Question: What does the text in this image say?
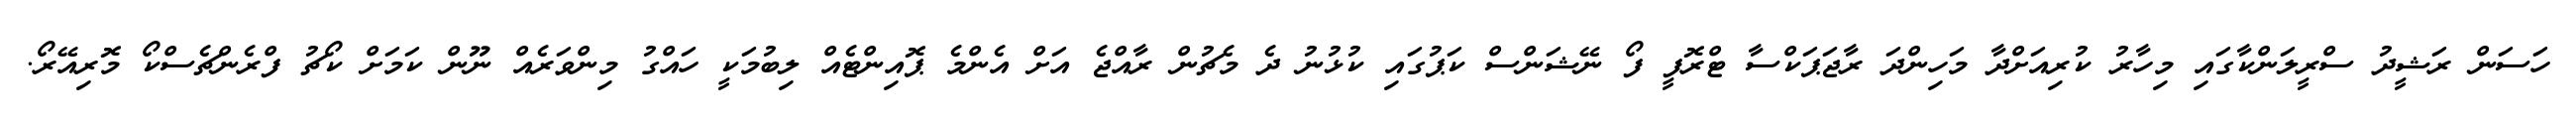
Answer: ހަސަން ރަޝީދު ސްރީލަންކާގައި މިހާރު ކުރިއަށްދާ މަހިންދަ ރާޖަޕަކްސާ ޓްރޮފީ ފޯ ނޭޝަންސް ކަޕުގައި ކުޅުނު ދެ މެޗުން ރާއްޖެ އަށް އެންމެ ޕޮއިންޓެއް ލިބުމަކީ ހައްގު މިންވަރެއް ނޫން ކަމަށް ކޯޗު ފްރެންޗެސްކޯ މޮރިއޭރޯ.